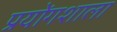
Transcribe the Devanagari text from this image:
प्रयोंगशाला